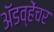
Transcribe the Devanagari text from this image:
अॅडव्हेंचर